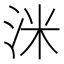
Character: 洣